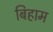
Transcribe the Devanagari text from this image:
बिहाम